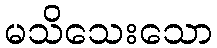
မသိသေးသော